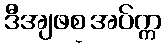
ဒီအျဖစ္အပ်က္က